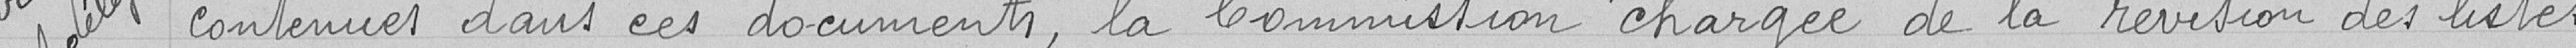
contenues dans ces documents, la Commission chargée de la révision des listes